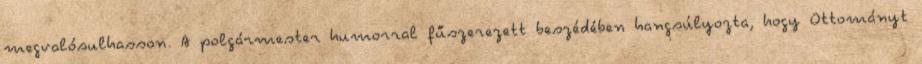
megvalósulhasson. A polgármester humorral fűszerezett beszédében hangsúlyozta, hogy Ottományt